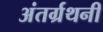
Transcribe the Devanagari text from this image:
अंतर्ग्रथनी